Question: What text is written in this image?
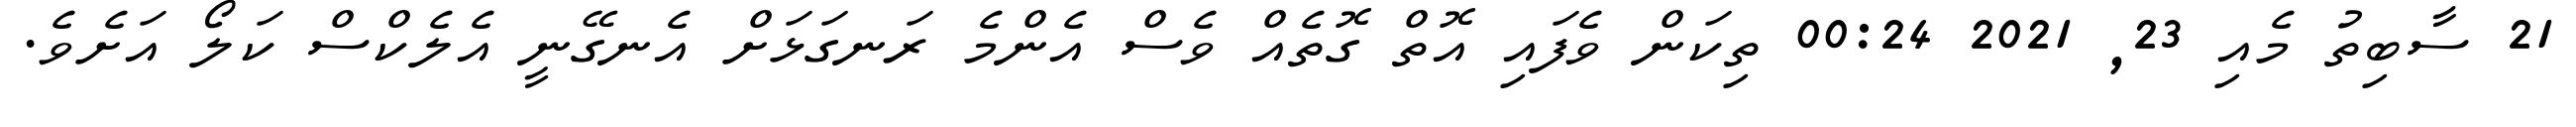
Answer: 21 ސާބިތު މެއި 23, 2021 00:24 ތިކަން ވެފައި އޮތް ގޮތެއް ވެސް އެންމެ ރަނގަޅަށް އެނގޭނީ އެލެކްސް ކަލޯ އަށެވެ.